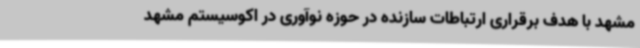
مشهد با هدف برقراری ارتباطات سازنده در حوزه نوآوری در اکوسیستم مشهد